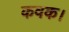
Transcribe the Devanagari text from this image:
कवक।